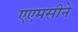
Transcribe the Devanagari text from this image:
एएमसीने